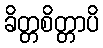
ခိတ္တစိတ္တာပိ